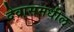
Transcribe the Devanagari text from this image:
देवासमधील